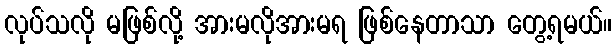
လုပ်သလို မဖြစ်လို့ အားမလိုအားမရ ဖြစ်နေတာသာ တွေ့ရမယ်။